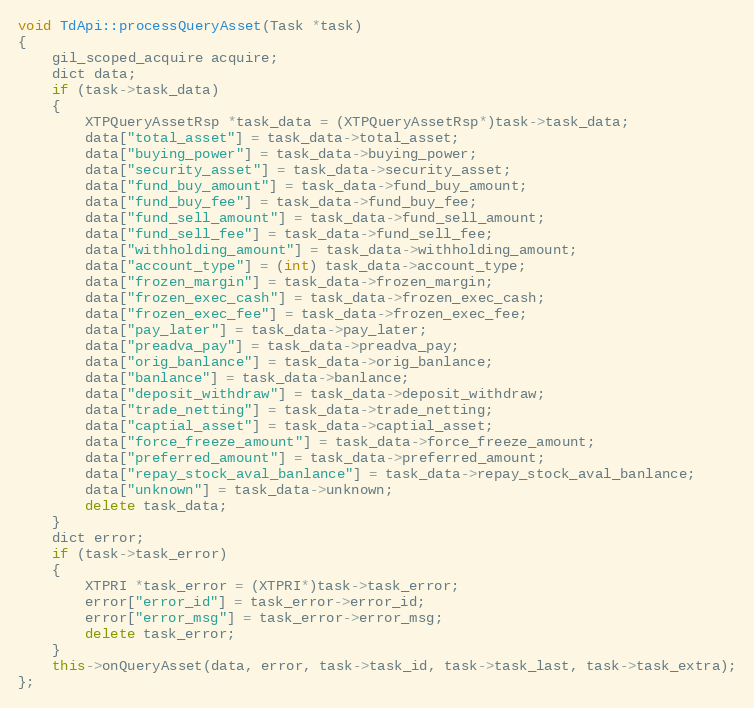
Language: C++
void TdApi::processQueryAsset(Task *task)
{
	gil_scoped_acquire acquire;
	dict data;
	if (task->task_data)
	{
		XTPQueryAssetRsp *task_data = (XTPQueryAssetRsp*)task->task_data;
		data["total_asset"] = task_data->total_asset;
		data["buying_power"] = task_data->buying_power;
		data["security_asset"] = task_data->security_asset;
		data["fund_buy_amount"] = task_data->fund_buy_amount;
		data["fund_buy_fee"] = task_data->fund_buy_fee;
		data["fund_sell_amount"] = task_data->fund_sell_amount;
		data["fund_sell_fee"] = task_data->fund_sell_fee;
		data["withholding_amount"] = task_data->withholding_amount;
		data["account_type"] = (int) task_data->account_type;
		data["frozen_margin"] = task_data->frozen_margin;
		data["frozen_exec_cash"] = task_data->frozen_exec_cash;
		data["frozen_exec_fee"] = task_data->frozen_exec_fee;
		data["pay_later"] = task_data->pay_later;
		data["preadva_pay"] = task_data->preadva_pay;
		data["orig_banlance"] = task_data->orig_banlance;
		data["banlance"] = task_data->banlance;
		data["deposit_withdraw"] = task_data->deposit_withdraw;
		data["trade_netting"] = task_data->trade_netting;
		data["captial_asset"] = task_data->captial_asset;
		data["force_freeze_amount"] = task_data->force_freeze_amount;
		data["preferred_amount"] = task_data->preferred_amount;
		data["repay_stock_aval_banlance"] = task_data->repay_stock_aval_banlance;
		data["unknown"] = task_data->unknown;
		delete task_data;
	}
	dict error;
	if (task->task_error)
	{
		XTPRI *task_error = (XTPRI*)task->task_error;
		error["error_id"] = task_error->error_id;
		error["error_msg"] = task_error->error_msg;
		delete task_error;
	}
	this->onQueryAsset(data, error, task->task_id, task->task_last, task->task_extra);
};